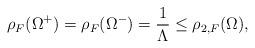
LaTeX: \begin{align*}\rho_{F}(\Omega^{+})=\rho_{F}(\Omega^{-})=\frac{1}{\Lambda} \le \rho_{2,F}(\Omega), \end{align*}